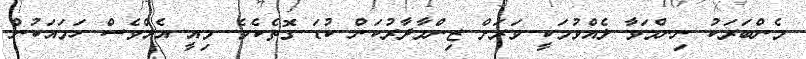
މެންބަރަކު ނިންމަވާ ލެއްވުމަކީ ވަރަށް ޒިންމާދާރުކަން ކުޑަ ގޮތެކެވެ. މިއީ އެއްވެސް ހަމައަކުން